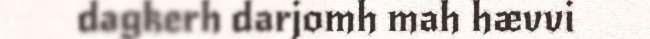
dagkerh darjomh mah hævvi